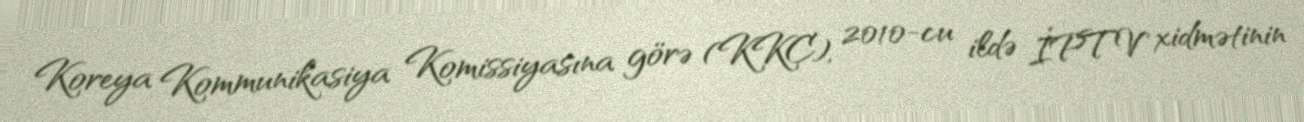
Koreya Kommunikasiya Komissiyasına görə (KKC), 2010-cu ildə İPTV xidmətinin